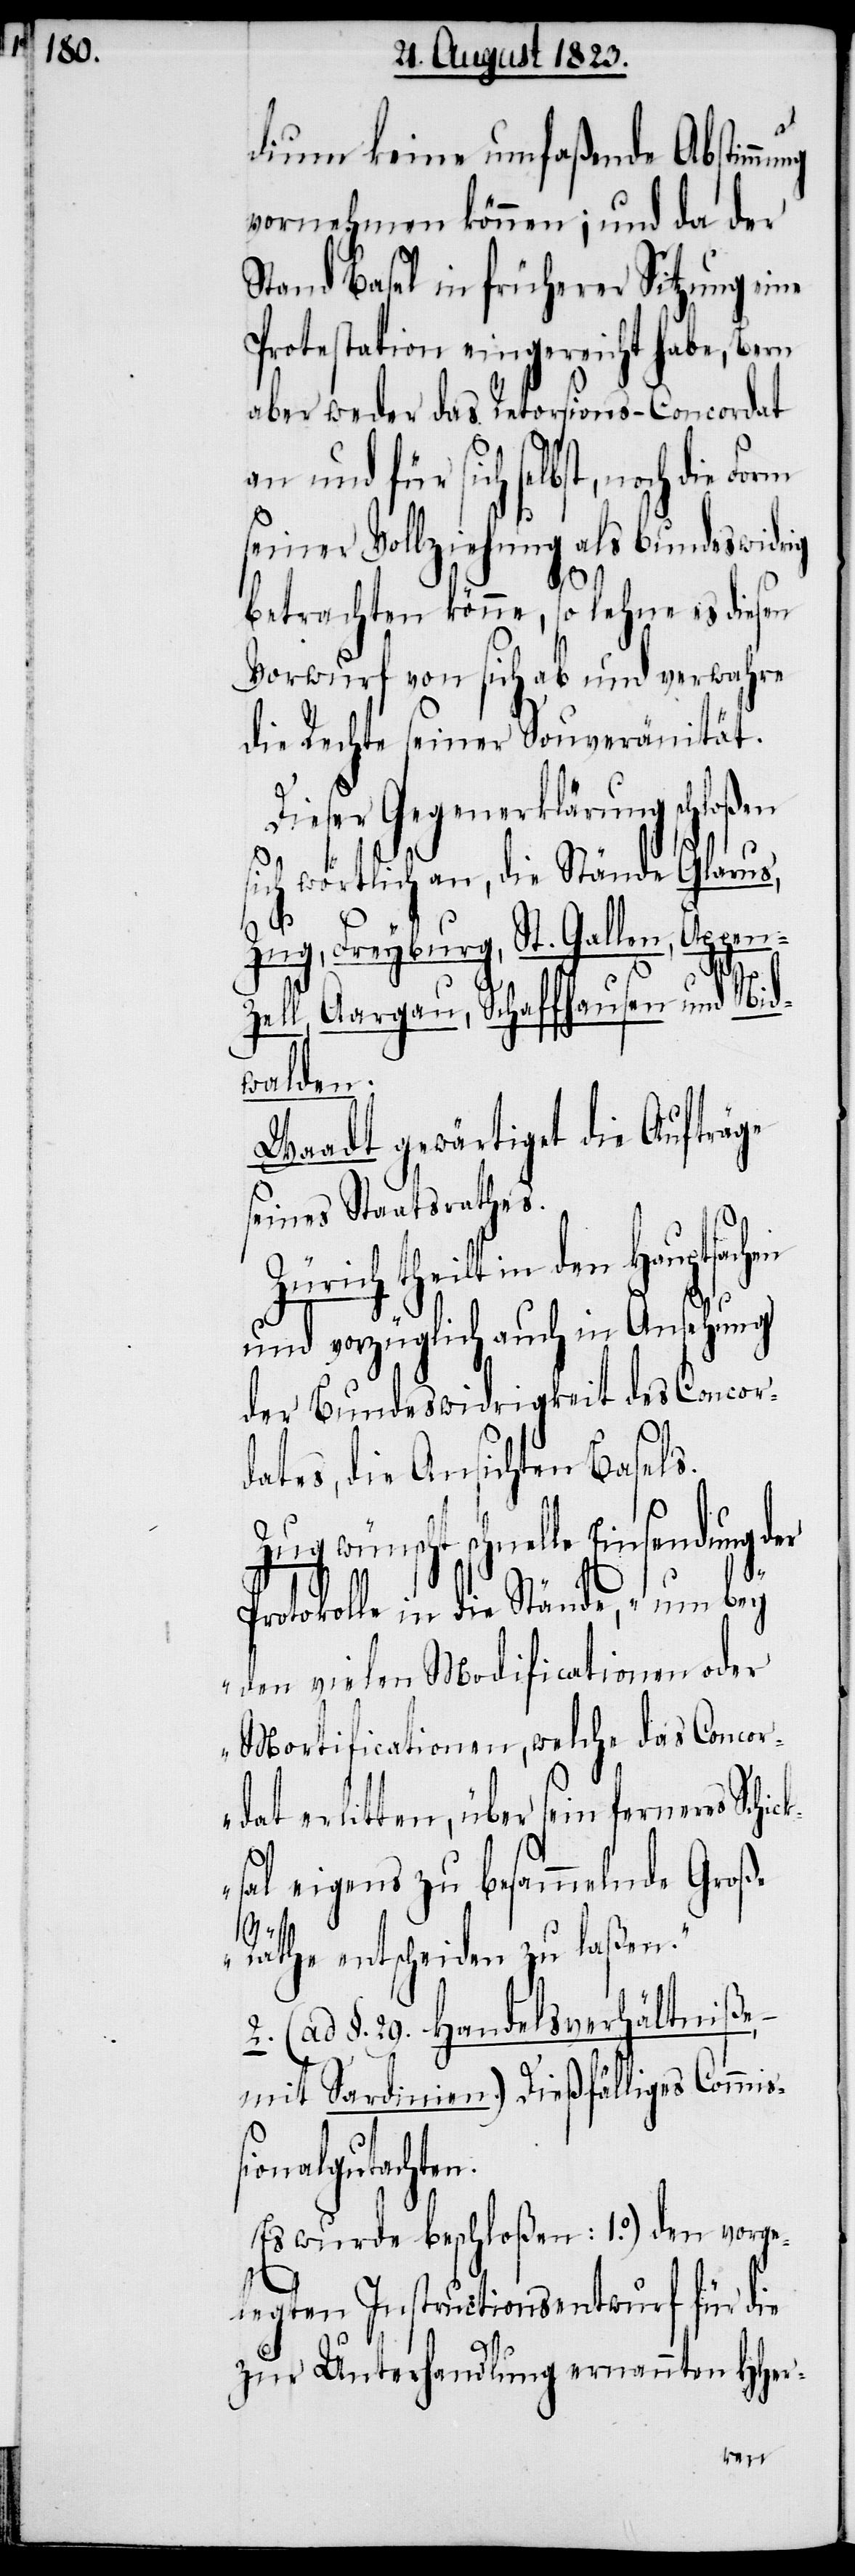
dium keine umfaßende Abstimm¬
vornehmen können; und da der
Stand Basel in früherer Sitzung eine
Protestation eingereicht habe, Bern
aber weder das Retorsions-Concordat
an und für sich selbst, noch die
seiner Vollziehung als bundeswidrig
betrachten könne, so lehne es diesen
Vorwurf von sich ab und verwahre
die Rechte seiner Souveränität.
Dieser Gegenerklärung schloßen
sich wörtlich an, die Stände Glarus,
Zug, Freyburg, St. Gallen, Appenz¬
ell, Aargau, Schaffhausen und Nid¬
walden.
Waadt gewärtiget die Aufträge
seines Staatsrathes.
ck¬
und vorzüglich auch in Ansehung
der Bundeswidrigkeit des Concor¬
dates, die Ansichten Basels.
schnelle Einsendung d¬
Protokolle in die Stände, „um bey
den vielen Modificationen oder
Mortificationen, welche das Concor¬
dat erlitten, über sein ferneres Schi¬
sal eigens zu besammelnde Groß-R¬
wünscht
äthe entscheiden zu laßen.“
2. (ad §. 29. Handelsverhältniße,
mit Sardinien.) Dießfälliges Commiß¬
ionalgutachten.
Es wurde beschloßen: 1.o) den vorge¬
legten Instructionsentwurf für die
zur Unterhandlung ernannten HHer-